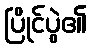
ပြိုင်ပွဲ၏